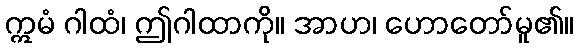
ဣမံ ဂါထံ၊ ဤဂါထာကို။ အာဟ၊ ဟောတော်မူ၏။